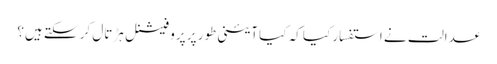
عدالت نے استفسار کیا کہ کیا آئینی طور پر پروفیشنل ہڑتال کر سکتے ہیں؟